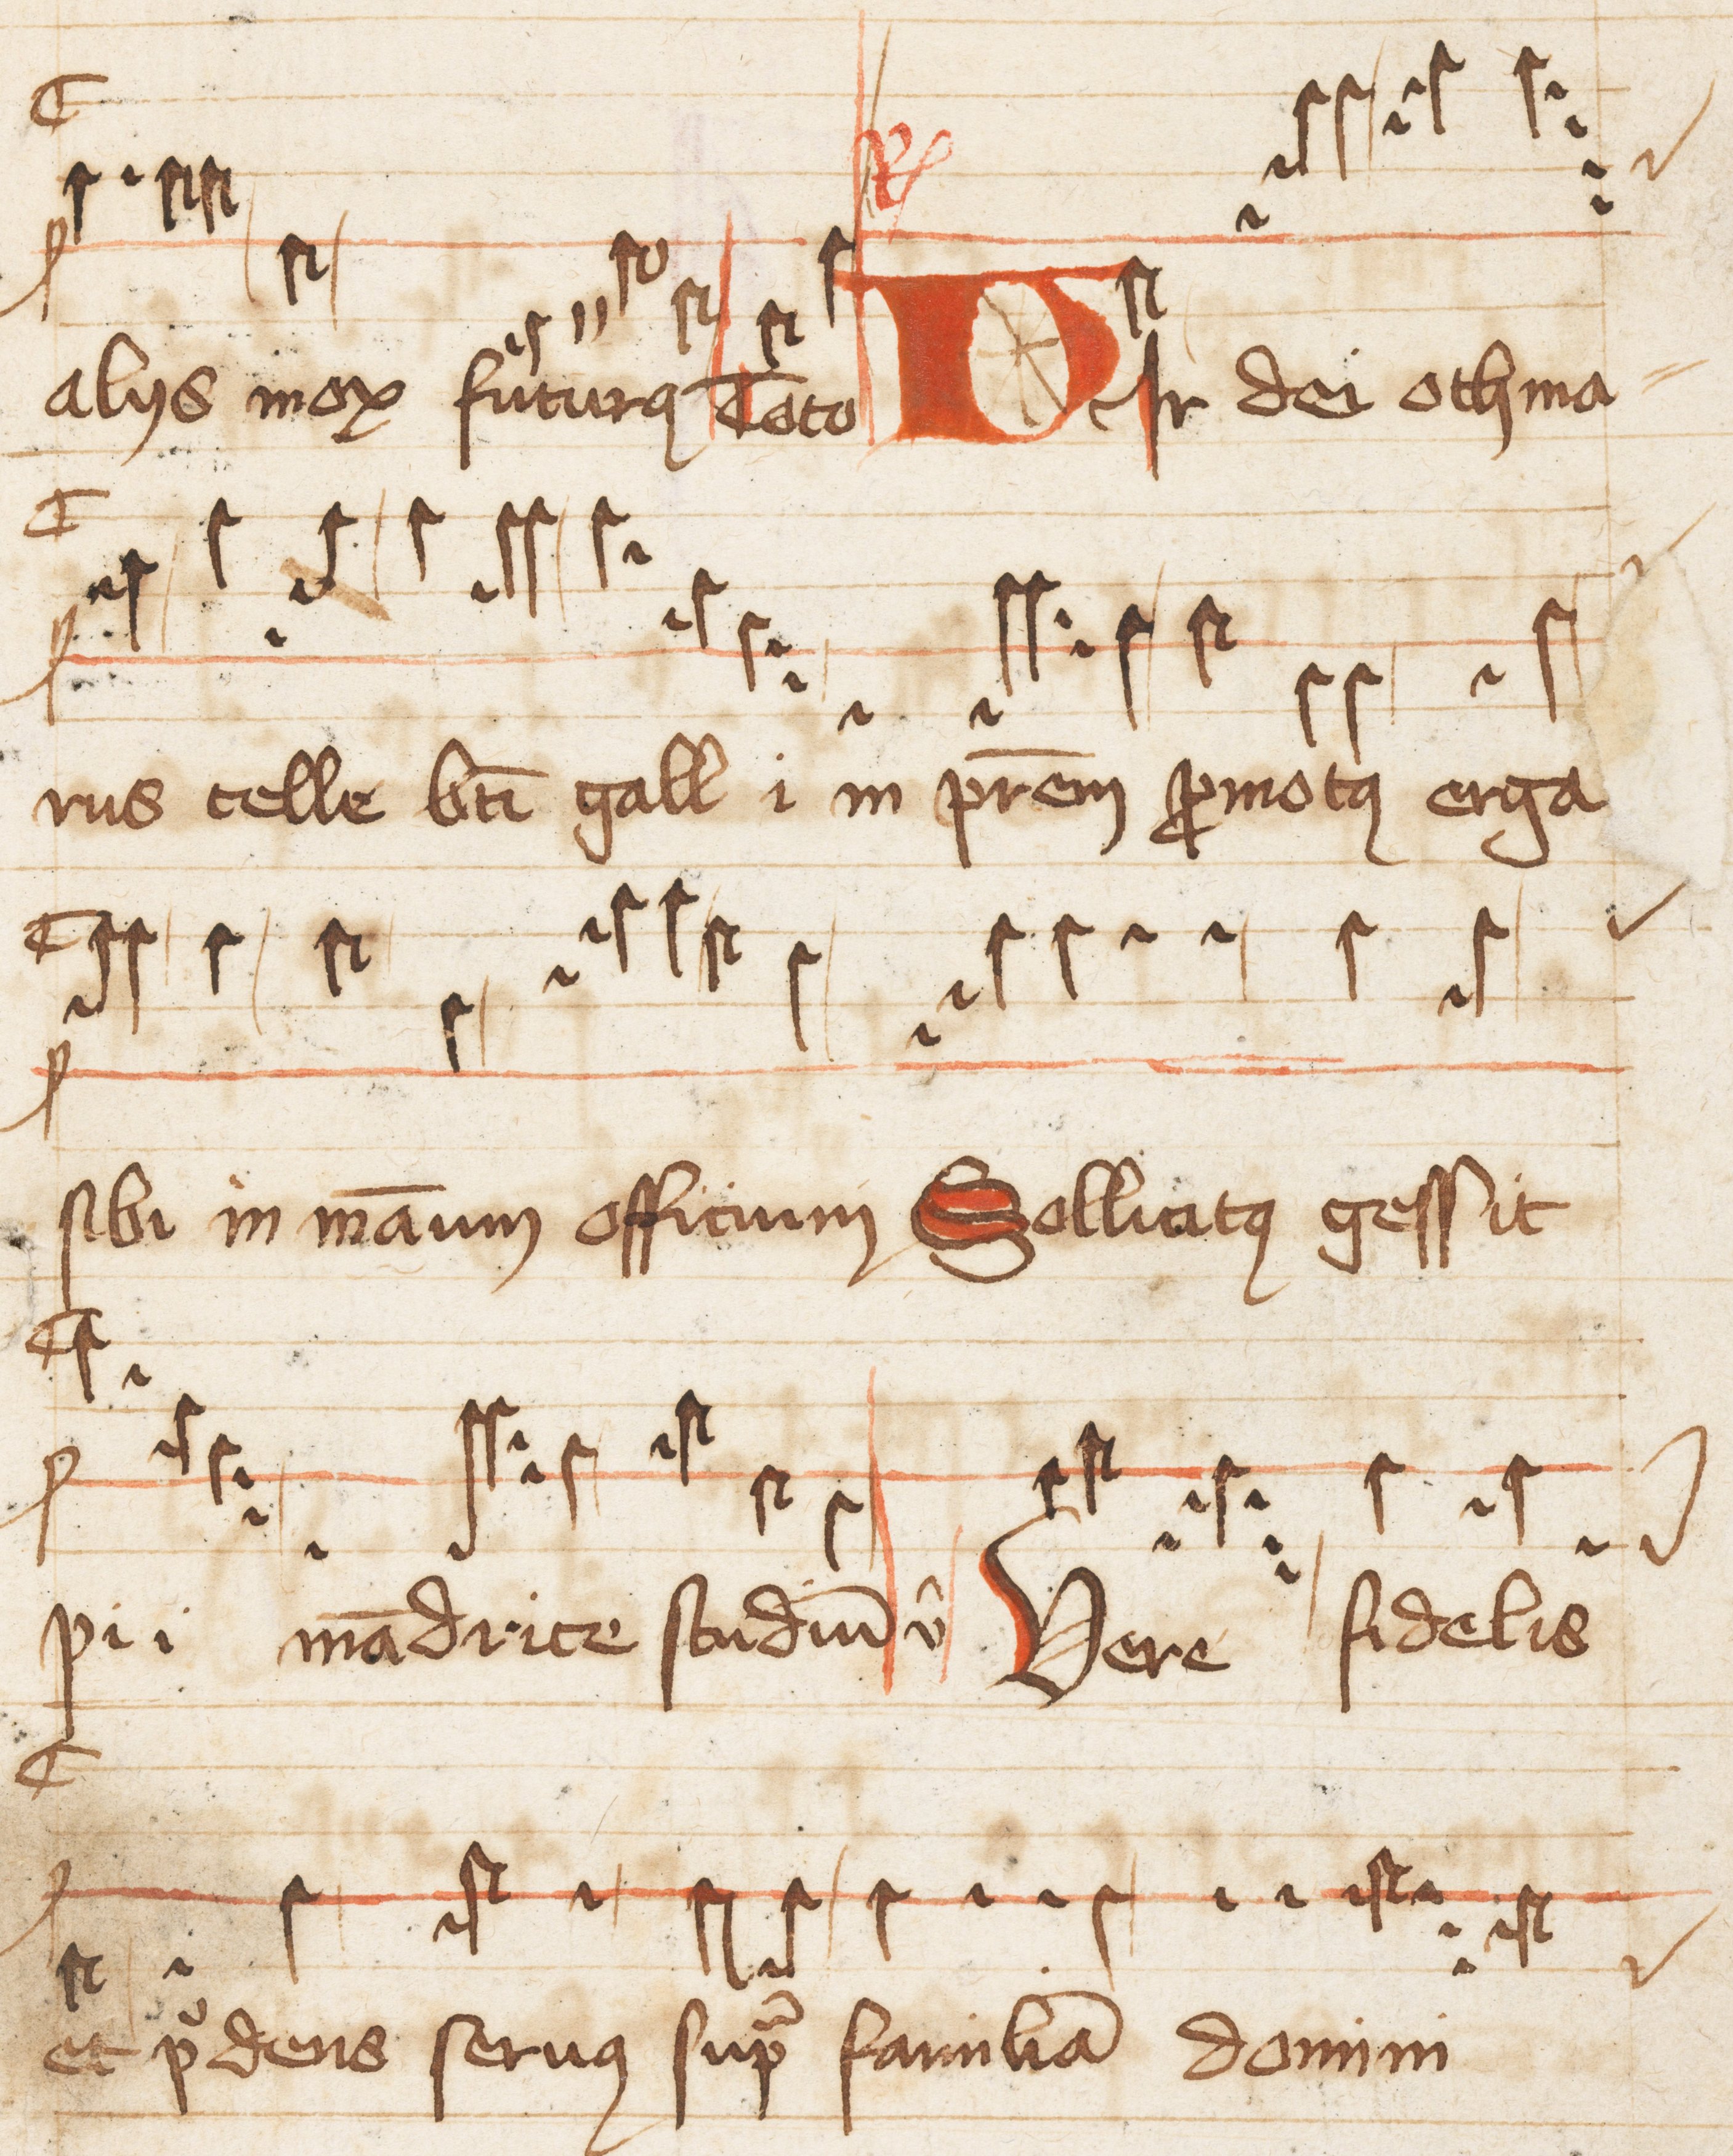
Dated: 1500–1599